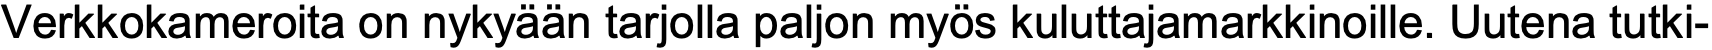
Verkkokameroita on nykyään tarjolla paljon myös kuluttajamarkkinoille. Uutena tutki-